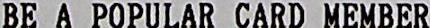
BE A POPULAR CARD MEMBER